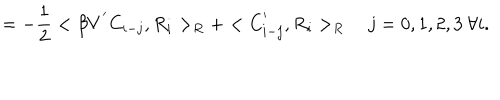
= - \frac { 1 } { 2 } < \beta V ^ { ' } C _ { i - j } , R _ { i } > _ { R } + < C _ { i - j } ^ { ' } , R _ { i } > _ { R } j = 0 , 1 , 2 , 3 \ \forall i .